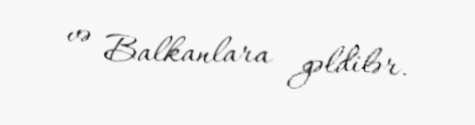
və Balkanlara gəldilər.